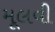
મૂલવી